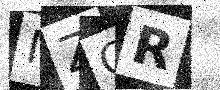
Text: NZGR